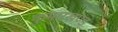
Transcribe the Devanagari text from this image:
कुमारखण्ड